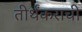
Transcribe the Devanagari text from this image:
तीर्थंकराची